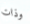
وذات